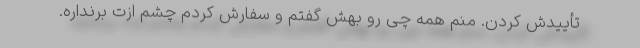
تأییدش کردن. منم همه چی رو بهش گفتم و سفارش کردم چشم ازت برنداره.